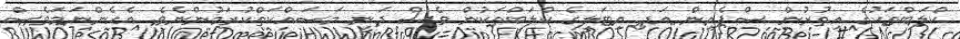
ކްލަބްތަކުގެ އިތުރުން ސްޕެއިން އަދި އިޓަލީގެ ކްލަބްތަކުން ވެސް ދަނީ މަސައްކަތްކުރަމުންނެވެ. އެހެންނަމަވެސް